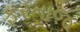
ફરતાજ